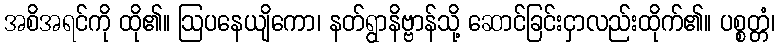
အစိအရင်ကို ထို၏။ ဩပနေယျိကော၊ နတ်ရွာနိဗ္ဗာန်သို့ ဆောင်ခြင်းငှာလည်းထိုက်၏။ ပစ္စတ္တံ၊